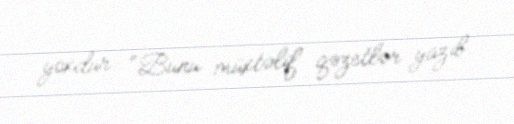
yoxdur: “Bunu müxtəlif qəzetlər yazıb.